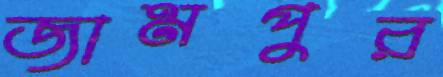
জামপুর